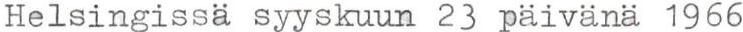
Helsingissa syyskuun 23 paivana 1966